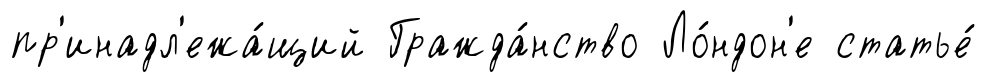
пр'инадл'ежа́щий Гражда́нство Ло́ндон'е статье́